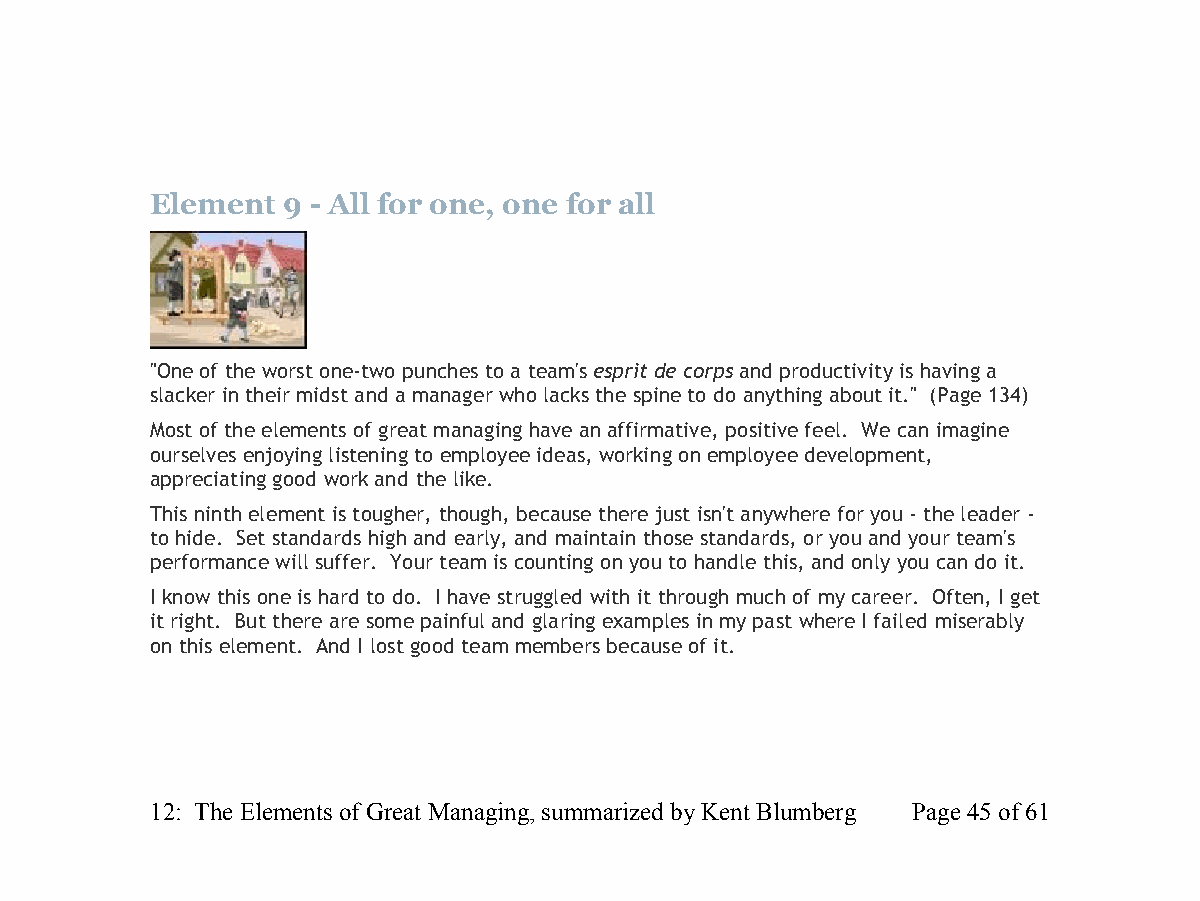
Element  9 - All for one, one for all
 "One of the worst one-two punches to a team's esprit de corps and productivity is having a
 slacker in their midst and a manager who lacks the spine to do anything about it." (Page 134)
 Most of the elements of great managing have an affirmative, positive feel. We can imagine
 ourselves enjoying listening to employee ideas, working on employee development,
 appreciating good work and the like.
 This ninth element is tougher, though, because there just isn't anywhere for you - the leader -
 to hide. Set standards high and early, and maintain those standards, or you and your team's
 performance will suffer. Your team is counting on you to handle this, and only you can do it.
 I know this one is hard to do. I have struggled with it through much of my career. Often, I get
 it right. But there are some painful and glaring examples in my past where I failed miserably
 on this element. And I lost good team members because of it.
 12: The Elements of Great Managing, summarized by Kent Blumberg Page 45 of 61